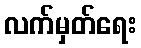
လက်မှတ်ရေး